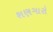
શણગારો